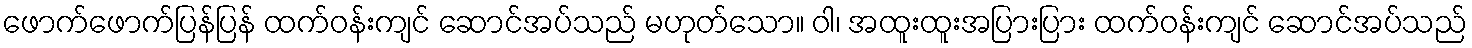
ဖောက်ဖောက်ပြန်ပြန် ထက်ဝန်းကျင် ဆောင်အပ်သည် မဟုတ်သော။ ဝါ၊ အထူးထူးအပြားပြား ထက်ဝန်းကျင် ဆောင်အပ်သည်